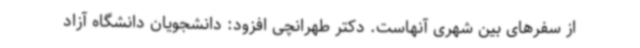
از سفرهای بین شهری آنهاست. دکتر طهرانچی افزود: دانشجویان دانشگاه آزاد